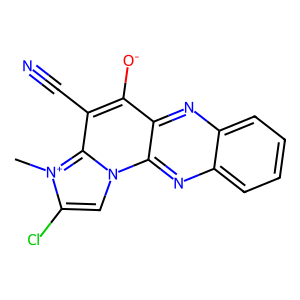
SMILES: C[n+]1c(Cl)cn2c3nc4ccccc4nc3c([O-])c(C#N)c21
Inhibits HIV replication: No